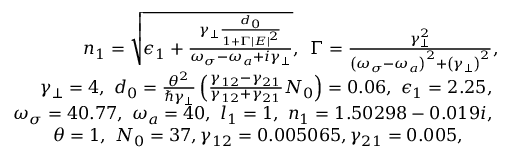
\begin{array} { r } { n _ { 1 } = \sqrt { \epsilon _ { 1 } + \frac { \gamma _ { \perp } \frac { d _ { 0 } } { 1 + \Gamma \left| E \right| ^ { 2 } } } { \omega _ { \sigma } - \omega _ { a } + i \gamma _ { \perp } } } , \, \, \, \Gamma = \frac { \gamma _ { \perp } ^ { 2 } } { \left( \omega _ { \sigma } - \omega _ { a } \right) ^ { 2 } + \left( \gamma _ { \perp } \right) ^ { 2 } } , \, \, \, \, \, \, \, \, \, \, \, \, \, \, \, \, \, \, \, \, \, \, \, \, \, \, } \\ { \gamma _ { \perp } = 4 , \, \, d _ { 0 } = \frac { \theta ^ { 2 } } { \hbar \gamma _ { \perp } } \left( \frac { \gamma _ { 1 2 } - \gamma _ { 2 1 } } { \gamma _ { 1 2 } + \gamma _ { 2 1 } } N _ { 0 } \right) = 0 . 0 6 , \, \, \epsilon _ { 1 } = 2 . 2 5 , \, \, \, \, \, \, \, \, \, \, \, \, \, \, \, \, \, \, \, \, \, \, \, \, \, \, \, \, } \\ { \omega _ { \sigma } = 4 0 . 7 7 , \, \, \omega _ { a } = 4 0 , \, \, l _ { 1 } = 1 , \, \, n _ { 1 } = 1 . 5 0 2 9 8 - 0 . 0 1 9 i , \, \, \, \, \, \, \, \, \, \, \, \, \, \, \, \, \, \, \, \, \, \, \, \, \, \, \, \, } \\ { \, \, \theta = 1 , \, \, N _ { 0 } = 3 7 , \gamma _ { 1 2 } = 0 . 0 0 5 0 6 5 , \gamma _ { 2 1 } = 0 . 0 0 5 , \, \, \, \, \, \, \, \, \, \, \, \, \, \, \, \, \, \, \, \, \, \, \, \, \, \, \, \, \, \, \, \, \, \, \, \, \, \, } \end{array}